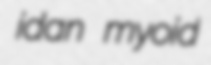
idan myoid